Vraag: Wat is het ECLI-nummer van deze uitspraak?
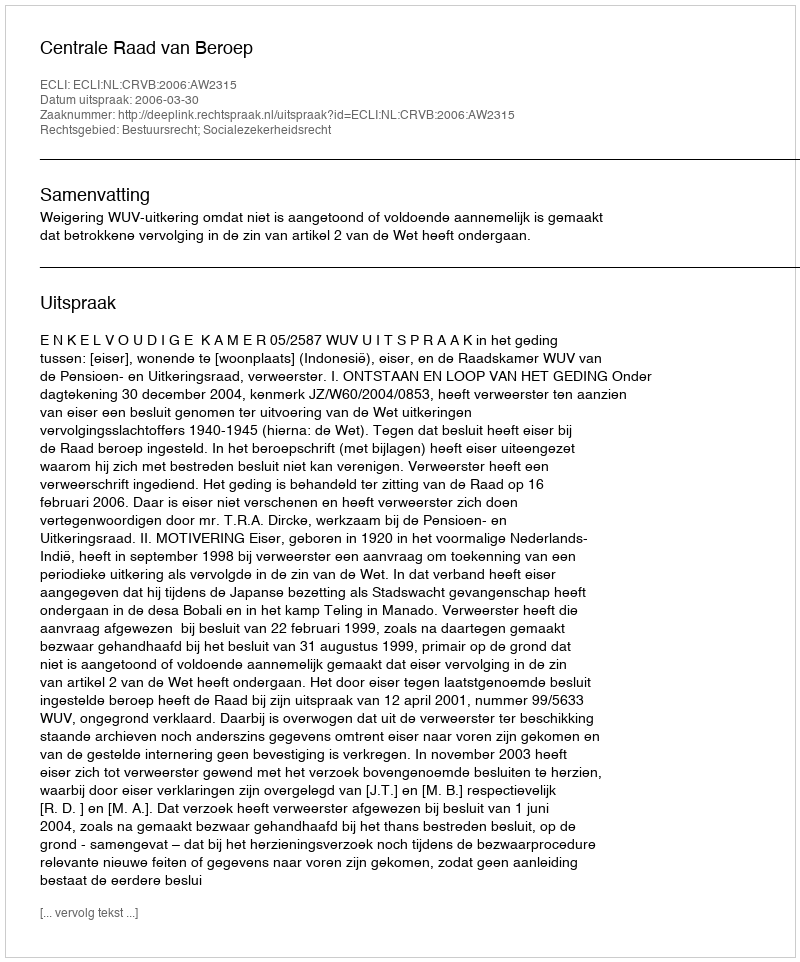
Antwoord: ECLI:NL:CRVB:2006:AW2315